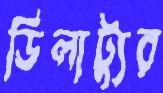
ডিলাট্যুর